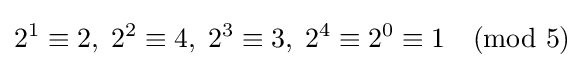
2^{1}\equiv 2,\;2^{2}\equiv 4,\;2^{3}\equiv 3,\;2^{4}\equiv 2^{0}\equiv 1{\pmod {5}}